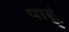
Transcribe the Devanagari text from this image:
पाहू्ं